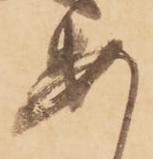
安